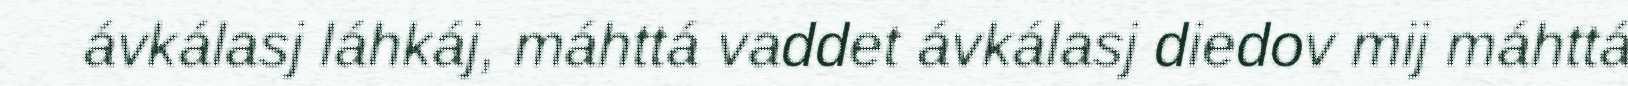
ávkálasj láhkáj, máhttá vaddet ávkálasj diedov mij máhttá